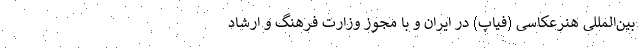
بین‌المللی هنرعکاسی (فیاپ) در ایران و با مجوز وزارت فرهنگ و ارشاد